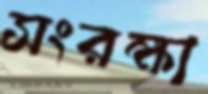
সংরক্ষা